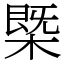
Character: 㮣